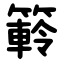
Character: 䉖